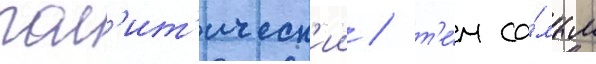
пол'ит'ическ'ии / т'е́м са́мым